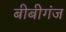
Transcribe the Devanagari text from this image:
बीबीगंज